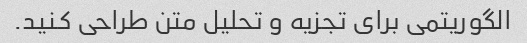
الگوریتمی برای تجزیه و تحلیل متن طراحی کنید.